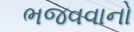
ભજવવાનો